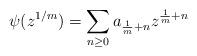
LaTeX: \begin{align*}\psi(z^{1/m}) = \sum_{n \geq 0} a_{\frac{1}{m}+n} z^{\frac{1}{m}+n} \end{align*}